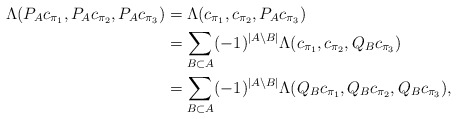
\begin{align*} \Lambda(P_A c_{\pi_1}, P_A c_{\pi_2}, P_A c_{\pi_3}) &= \Lambda(c_{\pi_1}, c_{\pi_2}, P_A c_{\pi_3}) \\ &= \sum_{B \subset A} (-1)^{|A \setminus B|} \Lambda(c_{\pi_1}, c_{\pi_2}, Q_B c_{\pi_3}) \\ &= \sum_{B \subset A} (-1)^{|A\setminus B|} \Lambda(Q_B c_{\pi_1}, Q_B c_{\pi_2}, Q_B c_{\pi_3}),\end{align*}